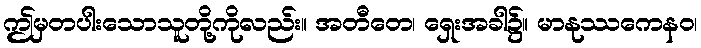
ဤမှတပါးသောသူတို့ကိုလည်း။ အတီတေ၊ ရှေးအခါ၌။ မာနုဿကေနဝ၊